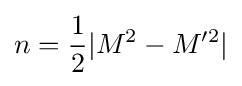
n={\frac {1}{2}}|M^{2}-M'^{2}|